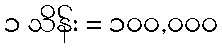
၁ သိန်း = ၁၀၀,၀၀၀